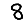
Digit: 8